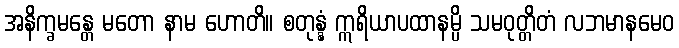
အနိက္ခမန္တေ မတော နာမ ဟောတိ။ စတုန္နံ ဣရိယာပထာနမ္ပိ သမဝုတ္တိတံ လဘမာနမေဝ